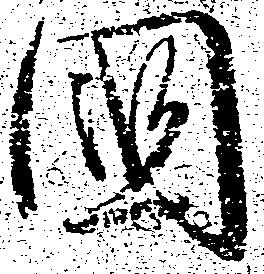
国